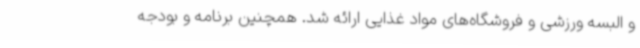
و البسه ورزشی و فروشگاه‌های مواد غذایی ارائه شد. همچنین برنامه و بودجه